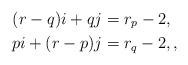
LaTeX: \begin{align*}(r-q) i + q j &= r_p -2, \\p i + (r-p) j &= r_q -2, , \end{align*}